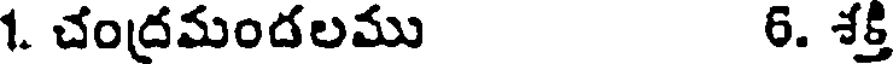
1. చంద్రమందలము 6. శక్తి